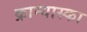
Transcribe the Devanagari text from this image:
क्रान्यास्का